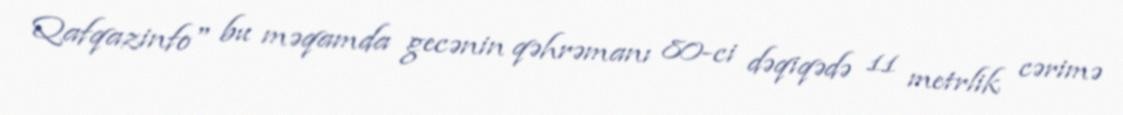
Qafqazinfo" bu məqamda gecənin qəhrəmanı 80-ci dəqiqədə 11 metrlik cərimə